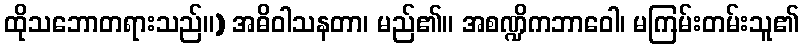
ထိုသဘောတရားသည်။) အဓိဝါသနတာ၊ မည်၏။ အစဏ္ဍိကဘာဝေါ၊ မကြမ်းတမ်းသူ၏